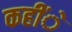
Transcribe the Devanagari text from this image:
कहींे